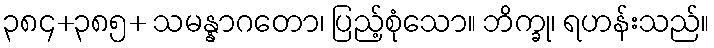
၃၈၄+၃၈၅+ သမန္နာဂတော၊ ပြည့်စုံသော။ ဘိက္ခု၊ ရဟန်းသည်။